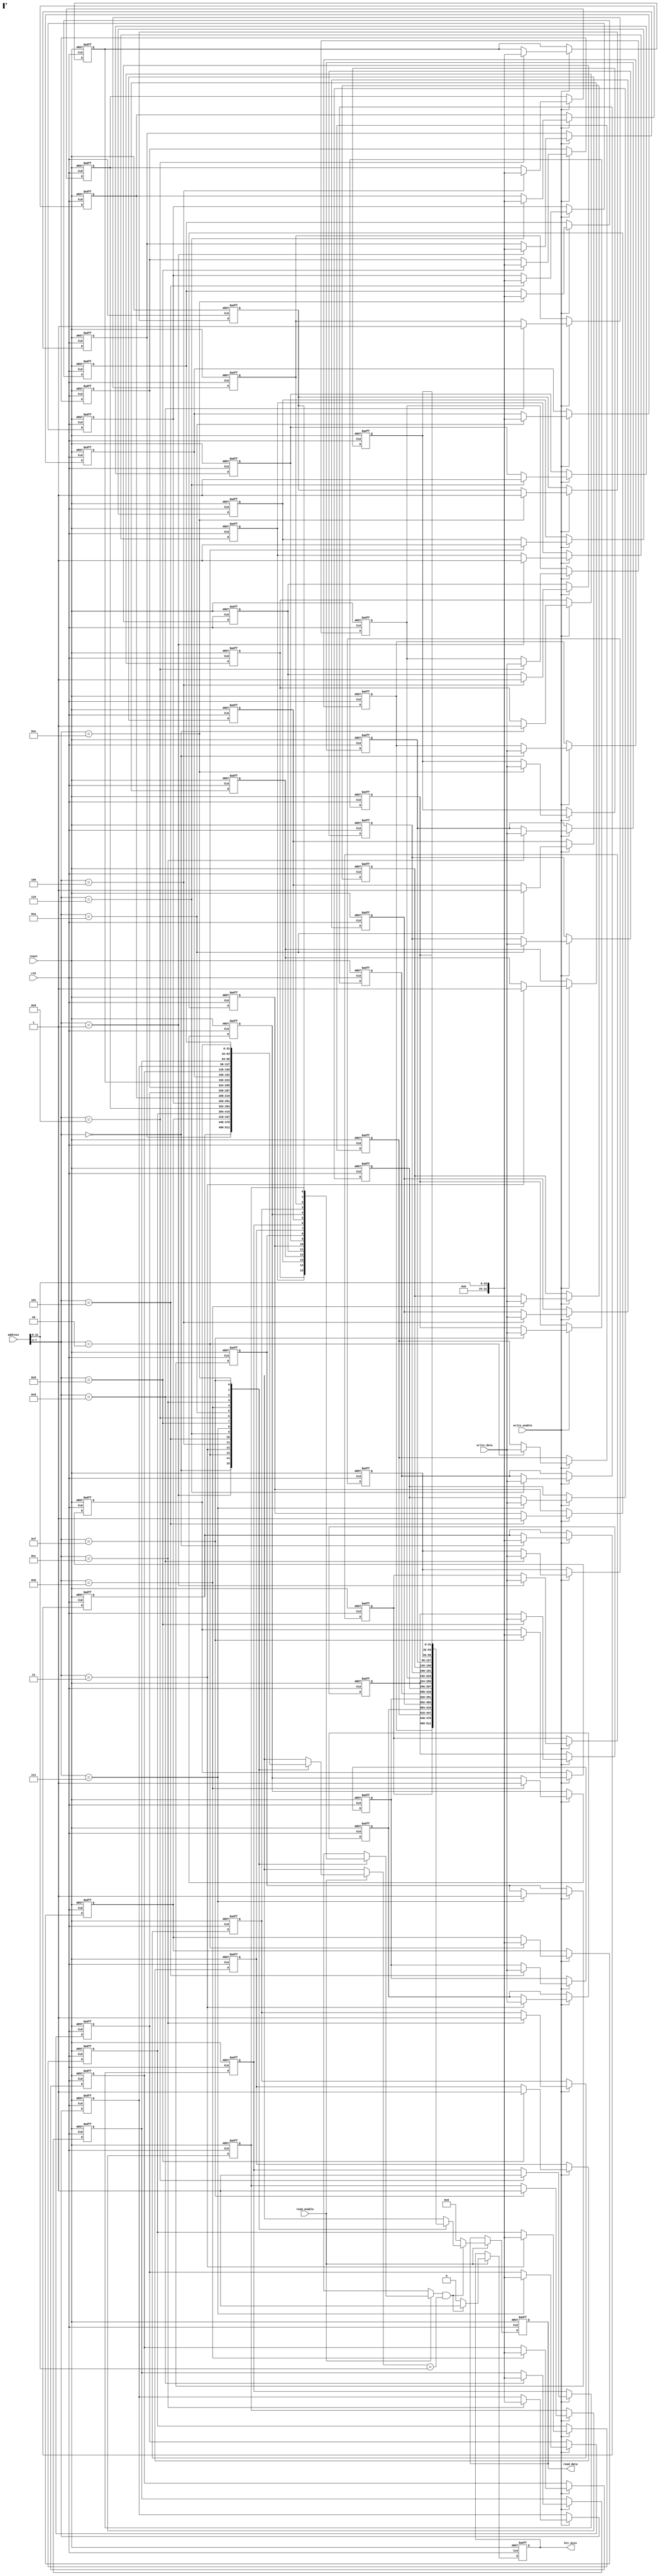
module DirectMappedCache #(
    parameter CACHE_SIZE = 16, // Number of cache lines
    parameter BLOCK_SIZE = 4    // Size of each block (in bytes)
)(
    input wire clk,
    input wire reset,
    input wire [31:0] address,         // Memory address input
    input wire [31:0] write_data,      // Data to write (for write operations)
    input wire read_enable,             // Read operation control signal
    input wire write_enable,            // Write operation control signal
    output reg [31:0] read_data,       // Data output for read operations
    output reg hit_miss                 // Hit (1) or Miss (0) indicator
);

    // Cache line structure
    reg [31:0] cache_data [0:CACHE_SIZE-1]; // Data storage for cache lines
    reg [31:0] cache_tag [0:CACHE_SIZE-1];  // Tag storage for cache lines
    reg cache_valid [0:CACHE_SIZE-1];        // Valid bits for cache lines

    // Address decoding
    wire [31:0] tag = address[31:8];         // Tag (upper bits)
    wire [3:0] index = address[7:4];        // Index (middle bits)
    wire [3:0] block_offset = address[3:0]; // Block offset (lower bits)

    // Initialization logic
    integer i;
    always @(posedge clk or posedge reset) begin
        if (reset) begin
            for (i = 0; i < CACHE_SIZE; i = i + 1) begin
                cache_valid[i] <= 1'b0;          // Invalidate all cache lines
                cache_tag[i] <= 32'b0;           // Clear all tags
                cache_data[i] <= 32'b0;          // Clear all data
            end
            read_data <= 32'b0;                  // Clear read data
            hit_miss <= 1'b0;                    // Clear hit/miss indicator
        end else begin
            // Read operation
            if (read_enable) begin
                if (cache_valid[index] && (cache_tag[index] == tag)) begin
                    // Cache hit
                    read_data <= cache_data[index];
                    hit_miss <= 1'b1;            // Hit
                end else begin
                    // Cache miss
                    read_data <= 32'b0;          // Read data could be fetched from memory
                    hit_miss <= 1'b0;            // Miss
                end
            end

            // Write operation
            if (write_enable) begin
                // Write data to cache line
                cache_data[index] <= write_data; // Write new data
                cache_tag[index] <= tag;          // Update tag
                cache_valid[index] <= 1'b1;       // Set valid bit
            end
        end
    end

endmodule